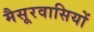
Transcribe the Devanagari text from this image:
मैसूरवासियों